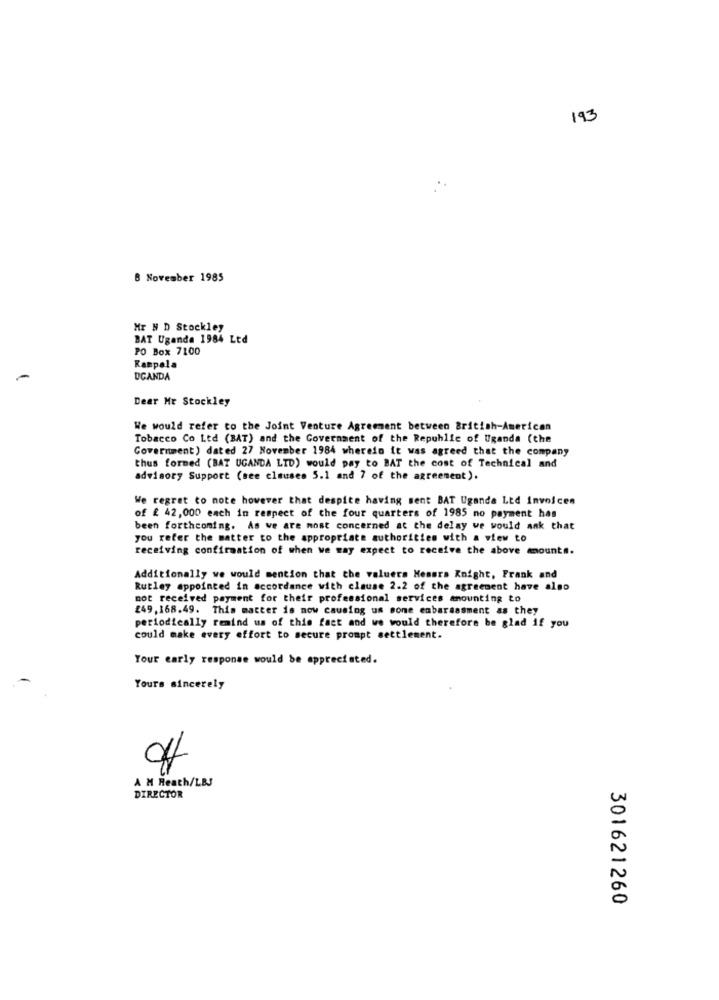
193
8 November 1985
Mr N D Stockley
BAT Uganda 1984 Ltd
PO Box 7100
Kampala
DCANDA
Dear Mr Stockley
We would refer to the Joint Venture Agreement between British-American
Tobacco Co Ltd (BAT) and the Government of the Republic of Uganda (the
Government) dated 27 November 1984 wherein it was agreed that the company
thus formed (BAT UGANDA LID) would pay to BAT the cost of Technical and
advisory Support (see clauses 5.1 and 7 of the agreement).
We regret to note however that despite having sent BAT Uganda Ltd invoices
of £ 42,000 each in respect of the four quarters of 1985 no payment has
been forthcoming. As we are most concerned at the delay we would aak that
you refer the matter to the appropriate authorities with a view to
receiving confirmation of when we way expect to receive the above amounts.
Additionally we would mention that the valuers Hesera Knight, Frank and
Rutley appointed in accordance with clause 2.2 of the agreement have also
not received payment for their professional services amounting to
249,168.49. This matter is now causing us sone embarassment as they
periodically remind us of this fact and we would therefore be glad if you
could make every effort to secure prompt settlement.
Your early response would be appreciated.
Yours sincerely
A M Heath/LBJ
DIRECTOR
301621260